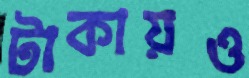
টাকায়ও